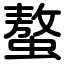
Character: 螯